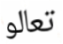
تعالو